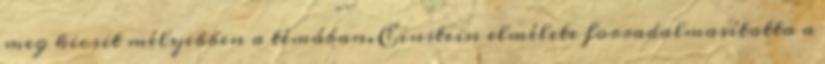
meg kicsit mélyebben a témában. Einstein elmélete forradalmasította a